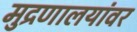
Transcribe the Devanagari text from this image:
मुद्रणालयांवर